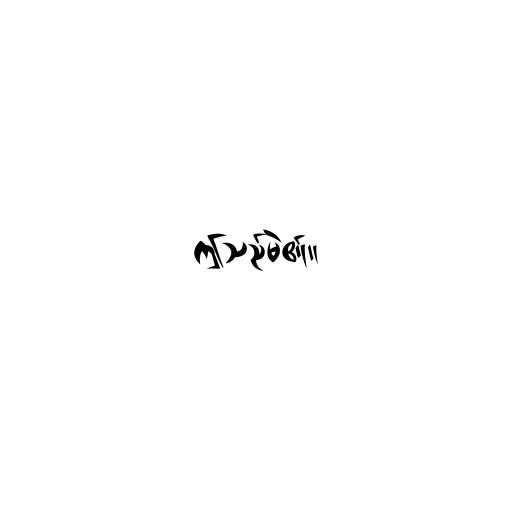
ဤသည်မဲ၏။